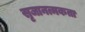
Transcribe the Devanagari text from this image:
सृजानत्मकता